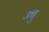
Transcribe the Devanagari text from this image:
उबु